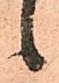
候